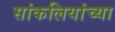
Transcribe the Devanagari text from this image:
सांकलियांच्या